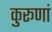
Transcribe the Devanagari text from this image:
कुरूणां